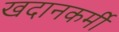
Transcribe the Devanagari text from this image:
खदानकर्मी